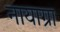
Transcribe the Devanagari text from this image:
नायाग्रा